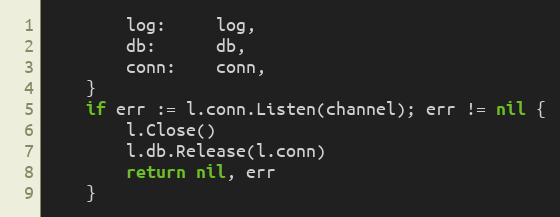
Language: Go
		log:     log,
		db:      db,
		conn:    conn,
	}
	if err := l.conn.Listen(channel); err != nil {
		l.Close()
		l.db.Release(l.conn)
		return nil, err
	}